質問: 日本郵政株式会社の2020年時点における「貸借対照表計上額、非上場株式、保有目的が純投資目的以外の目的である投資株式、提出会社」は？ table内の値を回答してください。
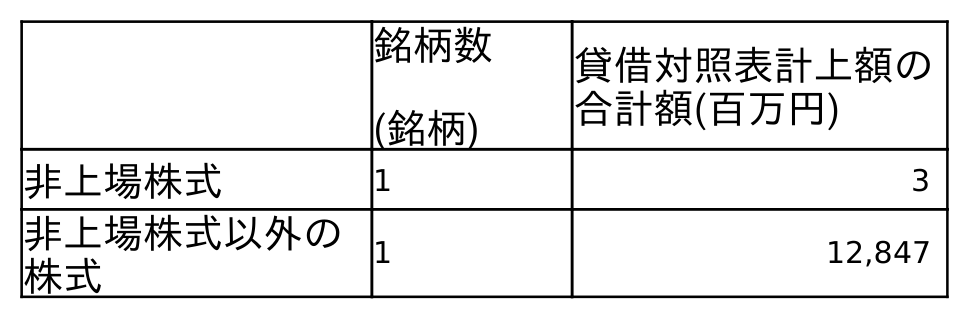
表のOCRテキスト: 銘柄数 (銘柄) 貸借対照表計上額の 合計額(百万円) 非上場株式 1 3 非上場株式以外の 株式 1 12,847
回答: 3